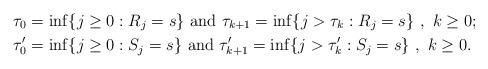
LaTeX: \begin{align*}& \tau_0 = \inf\{j \geq 0: R_j = s\} \mbox{ and } \tau_{k+1} = \inf\{j > \tau_k: R_j = s\} ~,~k \geq 0;\\& \tau'_0 = \inf\{j \geq 0: S_j = s\} \mbox{ and } \tau'_{k+1} = \inf\{j > \tau'_k: S_j = s\} ~,~k \geq 0.\end{align*}